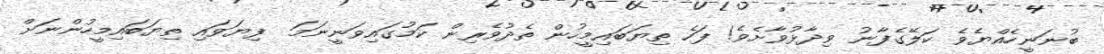
ބުނަނީހެއްޔެވެ ކަލޭގެފާނު ވިދާޅުވާށެވެ! ފަހެ ތިޔަބައިމީހުން ތެދުވެރިން ކަމުގައިވަނީނަމަ  ފިޔަވައި ތިޔަބައިމީހުންނަށް